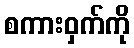
စကားဝှက်ကို